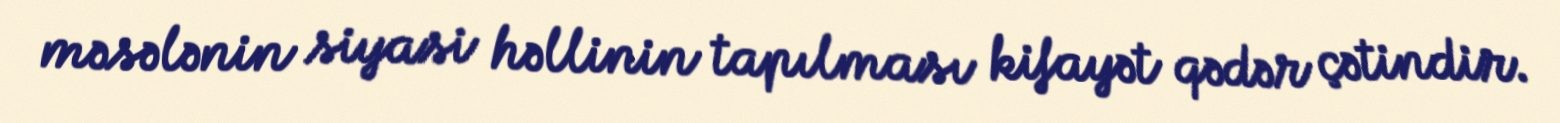
məsələnin siyasi həllinin tapılması kifayət qədər çətindir.